Leaving Certificate Examination (including Day School Certificate (Higher) General paper), 1928
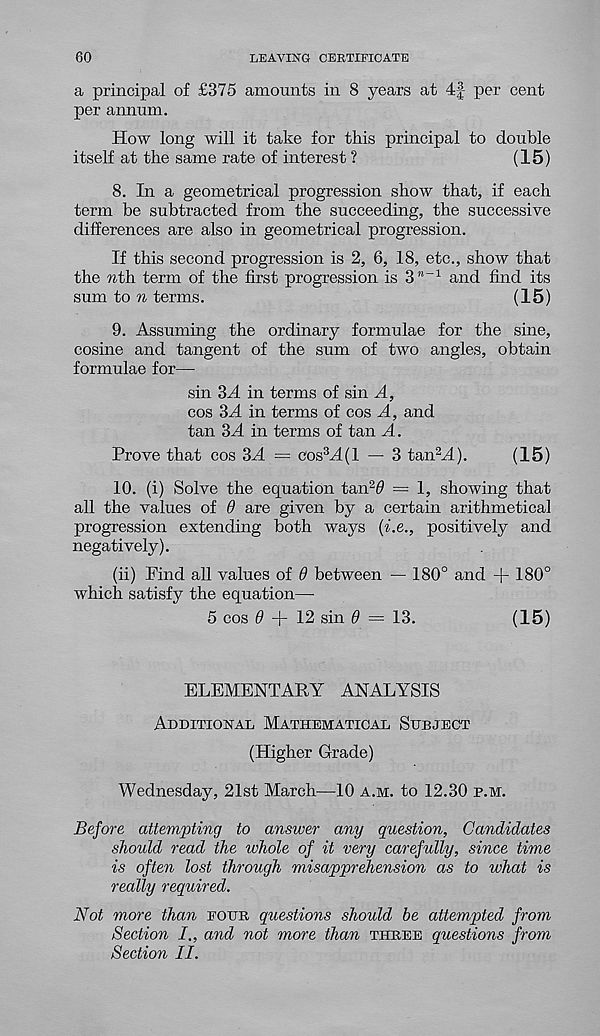
60
LEAVING CERTIFICATE
a principal of £375 amounts in 8 years at 4f per cent
per annum.
How long will it take for this principal to double
itself at the same rate of interest ?
(15)
8. In a geometrical progression show that, if each
term be subtracted from the succeeding, the successive
differences are also in geometrical progression.
If this second progression is 2, 6, 18, etc., show that
the nth. term of the first progression is 3" -1 and find its
sum to n terms.
(15)
9. Assuming the ordinary formulae for the sine,
cosine and tangent of the sum of two angles, obtain
formulae for—
sin 3A in terms of sin A,
cos 3d. in terms of cos A, and
tan 3d in terms of tan d.
Prove that cos 3d = cos 3 d(l — 3 tan 2 d).
(15)
10. (i) Solve the equation tan 2 0 = 1, showing that
all the values of 6 are given by a certain arithmetical
progression extending both ways (i.e., positively and
negatively).
(ii) Find all values of d between — 180° and + 180°
which satisfy the equation—
5 cos 0 + 12 sin 0 = 13.
(15)
ELEMENTARY ANALYSIS
Additional Mathematical Subject
(Higher Grade)
Wednesday, 21st March—10 a.m. to 12.30 p.m.
Before attempting to answer any question, Candidates
should read the whole of it very carefully, since time
is often lost through misapprehension as to what is
really required.
Not more than eour questions should be attempted from
Section
and not more than three questions from
Section II.